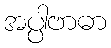
အပ္ပါဗာဓာ